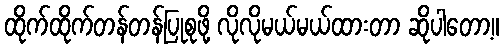
ထိုက်ထိုက်တန်တန်ပြုစုဖို့ လိုလိုမယ်မယ်ထားတာ ဆိုပါတော့။